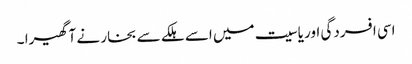
اسی افسردگی اور یاسیت میں اسے ہلکے سے بخار نے آ گھیرا ۔